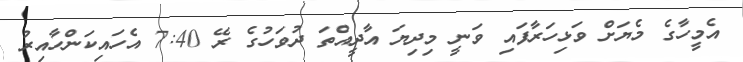
އެމީހާގެ މެޔަށް ވަޅިހަރާފައި ވަނީ މިދިޔަ އާދީއްތަ ދުވަހުގެ ރޭ 7:40 އެހައިކަންހާއިރު